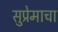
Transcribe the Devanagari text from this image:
सुप्रेमाचा